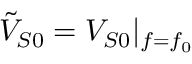
\tilde { V } _ { S 0 } = V _ { S 0 } | _ { f = f _ { 0 } }